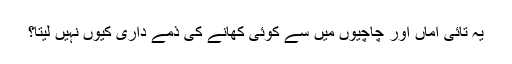
یہ تائی اماں اور چاچیوں میں سے کوئی کھانے کی ذمے داری کیوں نہیں لیتا؟